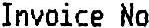
INVOICE NO